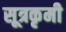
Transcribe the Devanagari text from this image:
सूत्रकृमी